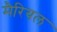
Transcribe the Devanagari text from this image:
मैरियल